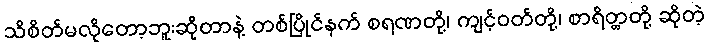
သိစိတ်မလိုတော့ဘူးဆိုတာနဲ့ တစ်ပြိုင်နက် စရဏတို့၊ ကျင့်ဝတ်တို့၊ စာရိတ္တတို့ ဆိုတဲ့